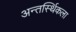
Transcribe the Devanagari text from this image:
अन्तर्स्थिकला